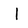
Character: I